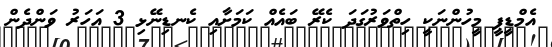
އެމްޑީޕީ މީހުންނަކީ ހިތްވަރުގަދަ ކެރޭ ބައެއް ކަމަށާއި ކެނޑިނޭޅި 3 އަހަރު ވަންދެން